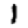
Digit: 1